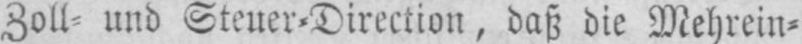
Zoll⸗ und Steuer⸗Direction, daß die Mehrein⸗